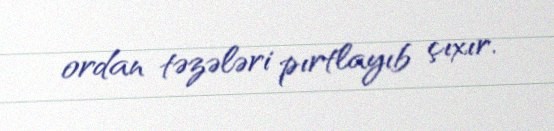
ordan təzələri pırtlayıb çıxır.